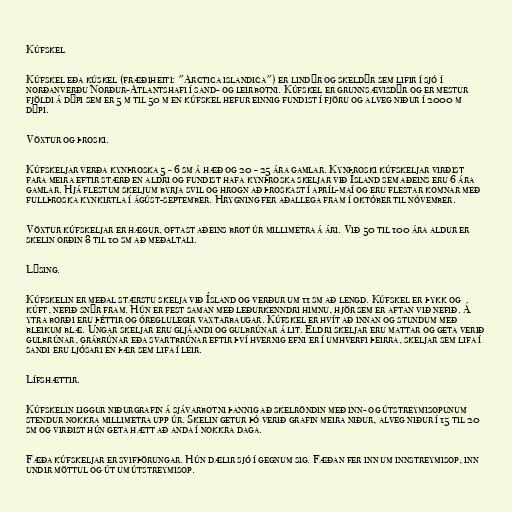
Kúfskel

Kúfskel eða kúskel (fræðiheiti: "Arctica islandica") er lindýr og skeldýr sem lifir í sjó í
norðanverðu Norður-Atlantshafi í sand- og leirbotni. Kúfskel er grunnsævisdýr og er mestur
fjöldi á dýpi sem er 5 m til 50 m en kúfskel hefur einnig fundist í fjöru og alveg niður í 2000 m
dýpi.

Vöxtur og þroski.

Kúfskeljar verða kynþroska 5 - 6 sm á hæð og 20 - 25 ára gamlar. Kynþroski kúfskeljar virðist
fara meira eftir stærð en aldri og fundist hafa kynþroska skeljar við Ísland sem aðeins eru 6 ára
gamlar. Hjá flestum skeljum byrja svil og hrogn að þroskast í apríl-maí og eru flestar komnar með
fullþroska kynkirtla í ágúst-september. Hrygning fer aðallega fram í október til nóvember.

Vöxtur kúfskeljar er hægur, oftast aðeins brot úr millimetra á ári. Við 50 til 100 ára aldur er
skelin orðin 8 til 10 sm að meðaltali.

Lýsing.

Kúfskelin er meðal stærstu skelja við Ísland og verður um 11 sm að lengd. Kúfskel er þykk og
kúft, nefið snýr fram. Hún er fest saman með leðurkenndri himnu, hjör sem er aftan við nefið. Á
ytra borði eru þéttir og óreglulegir vaxtarbaugar. Kúfskel er hvít að innan og stundum með
bleikum blæ. Ungar skeljar eru gljáandi og gulbrúnar á lit. Eldri skeljar eru mattar og geta verið
gulbrúnar, grábrúnar eða svartbrúnar eftir því hvernig efni er í umhverfi þeirra, skeljar sem lifa í
sandi eru ljósari en þær sem lifa í leir.

Lífshættir.

Kúfskelin liggur niðurgrafin á sjávarbotni þannig að skelröndin með inn- og útstreymisopunum
stendur nokkra millimetra upp úr. Skelin getur þó verið grafin meira niður, alveg niður í 15 til 20
sm og virðist hún geta hætt að anda í nokkra daga.

Fæða kúfskeljar er svifþörungar. Hún dælir sjó í gegnum sig. Fæðan fer inn um innstreymisop, inn
undir möttul og út um útstreymisop.